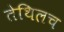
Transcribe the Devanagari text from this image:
तेथिलच